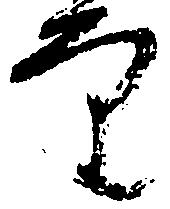
審